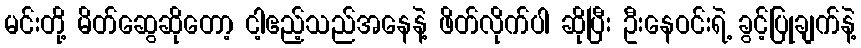
မင်းတို့ မိတ်ဆွေဆိုတော့ ငါ့ဧည့်သည်အနေနဲ့ ဖိတ်လိုက်ပါ ဆိုပြီး ဦးနေဝင်းရဲ့ ခွင့်ပြုချက်နဲ့